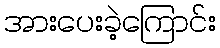
အားပေးခဲ့ကြောင်း